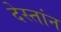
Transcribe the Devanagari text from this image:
देस्तांन